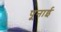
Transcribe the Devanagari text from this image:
पूनाई